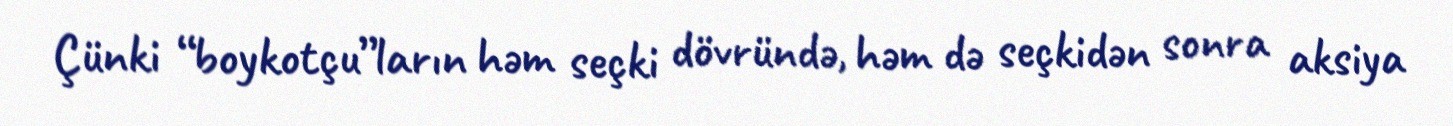
Çünki “boykotçu”ların həm seçki dövründə, həm də seçkidən sonra aksiya